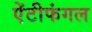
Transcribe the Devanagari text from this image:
ऐंटीफंगल